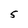
Character: 5